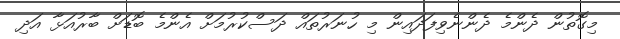
މިގޮތުން ދެންމެ ދެންނެވިފަދައިން މި ހުނަރުތައް ދަސްކުރުމަށް އެންމެ ބޮޑަށް ބާރުއަޅާ އަދި